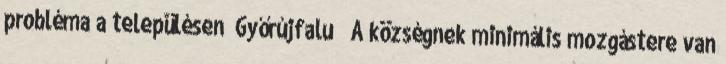
probléma a településen ▪Győrújfalu ▪„A községnek minimális mozgástere van